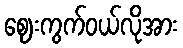
ဈေးကွက်ဝယ်လိုအား